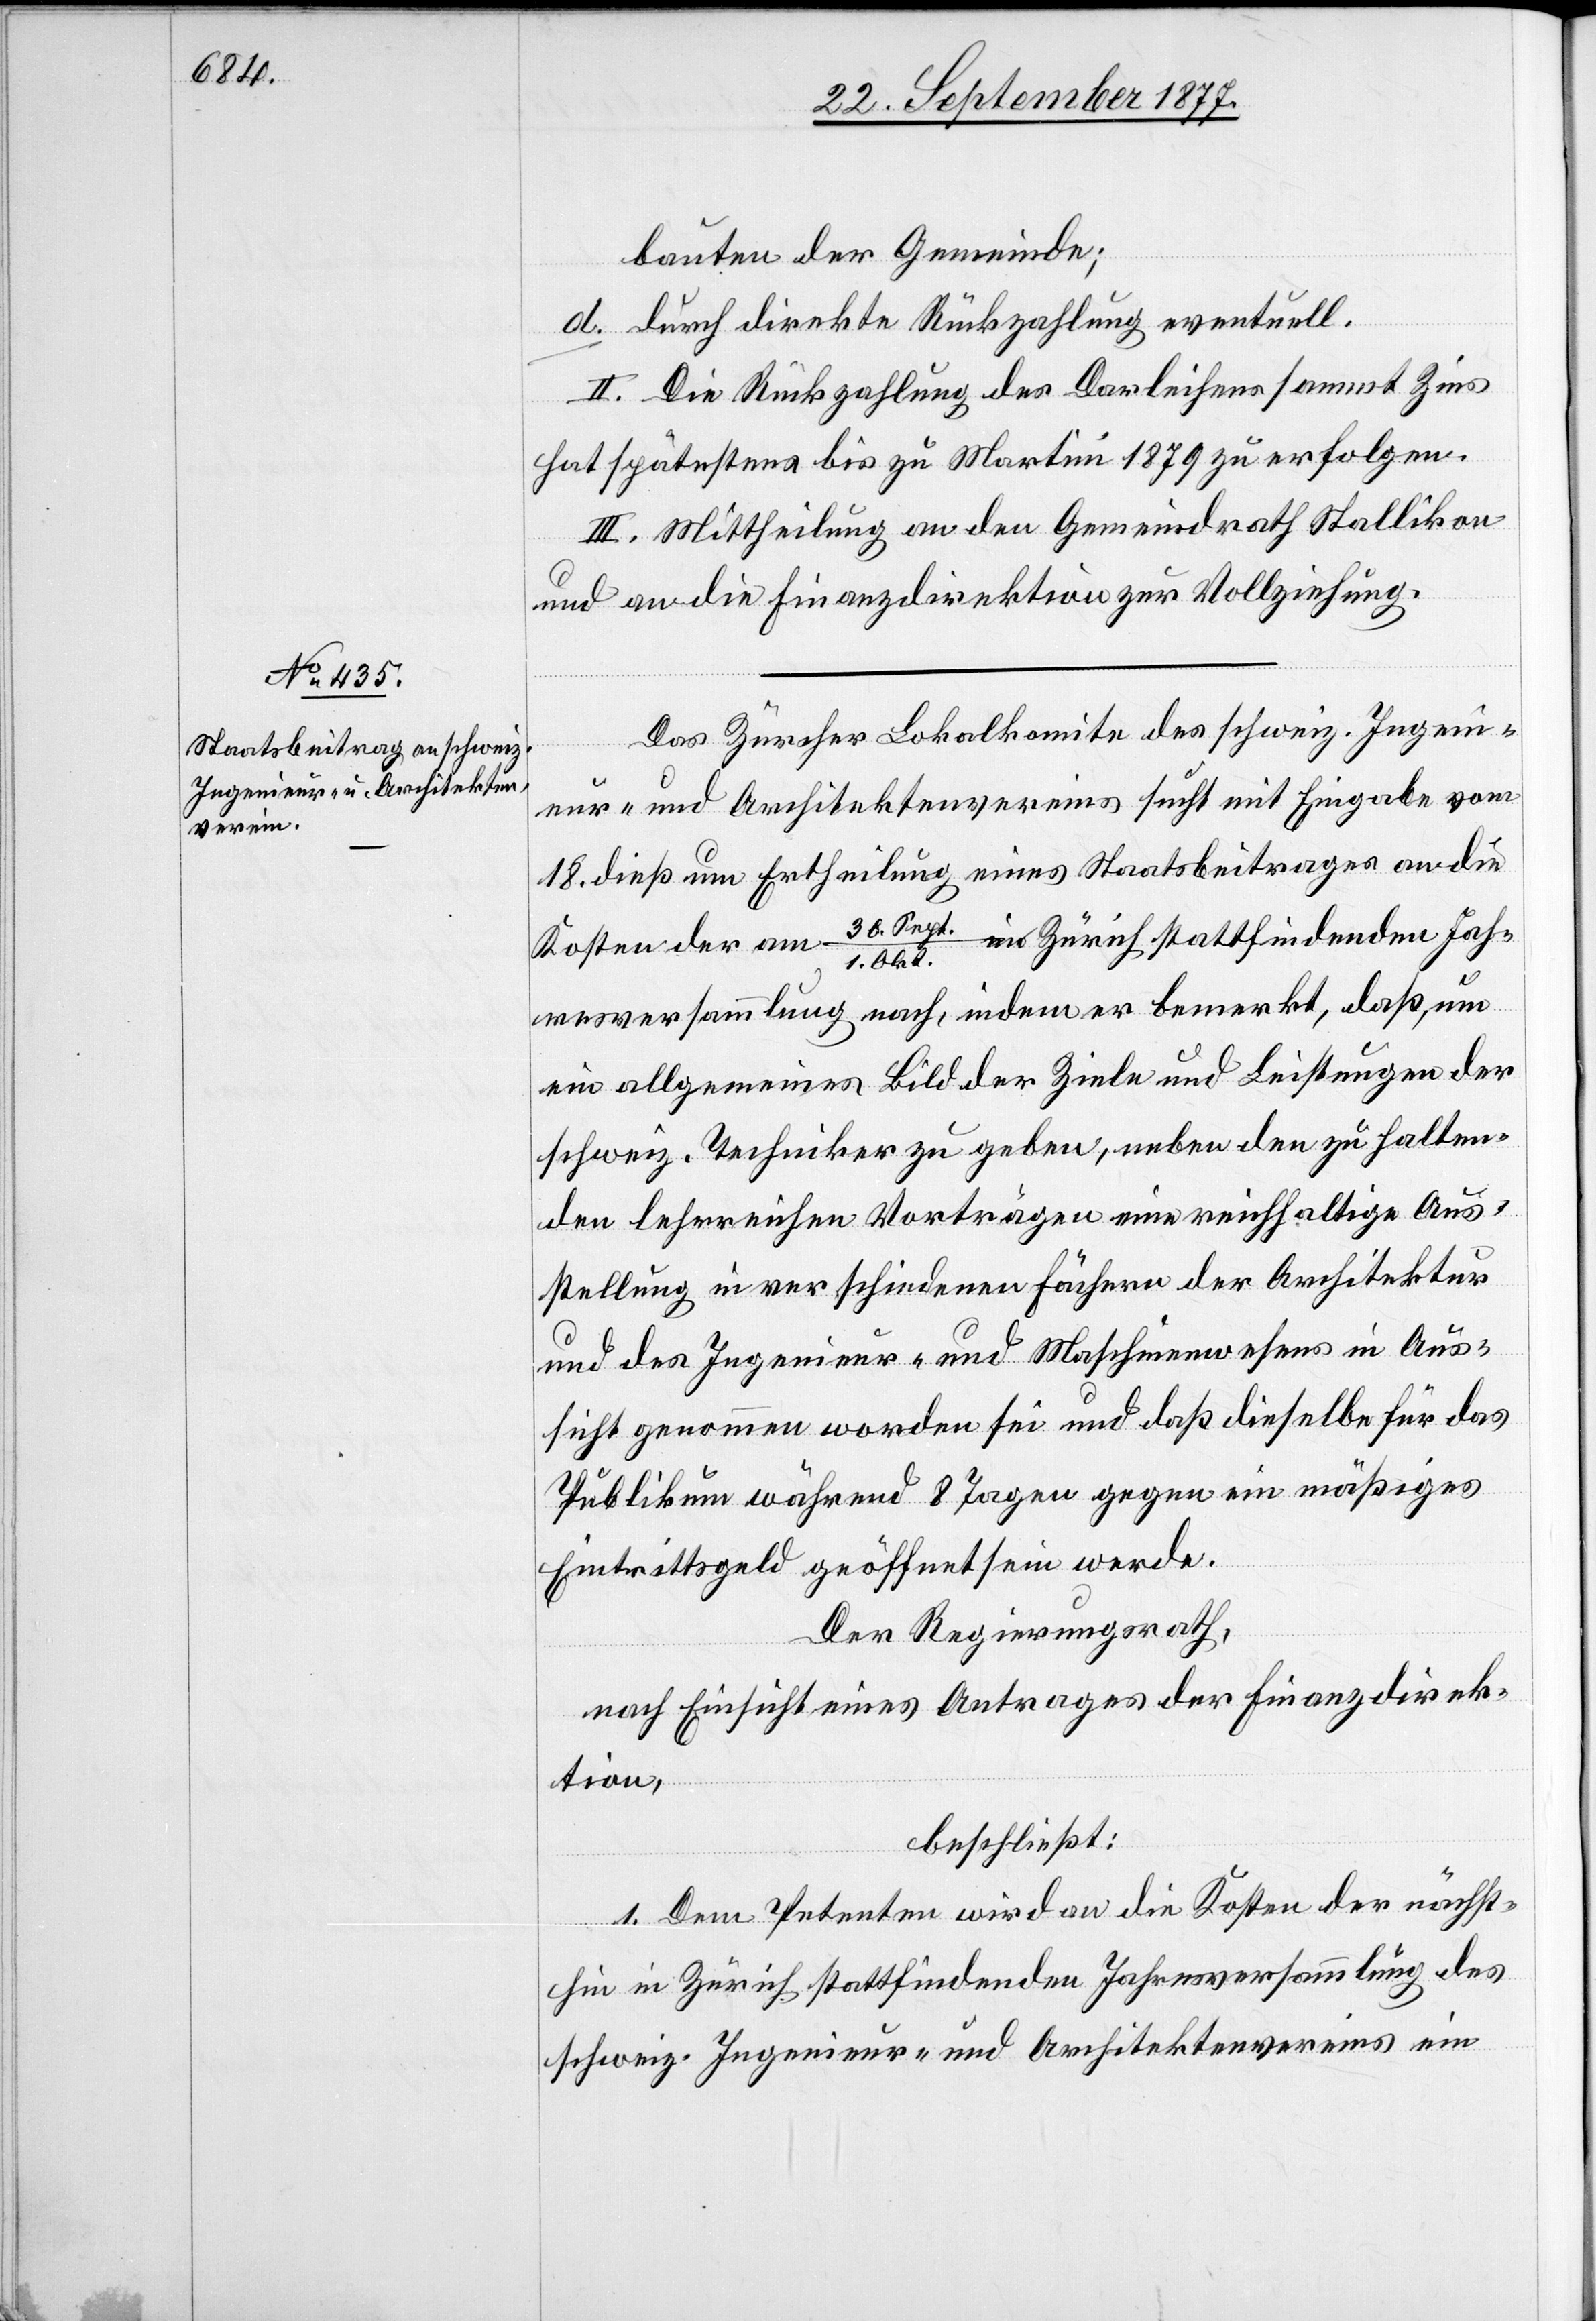
bauten der Gemeinde;
d.
durch direkte Rückzahlung eventuell.
II. Die Rückzahlung des Darleihens sammt Zins
hat spätestens bis zu Martini 1879 zu erfolgen.
III. Mittheilung an den Gemeindrath Stallikon
und an die Finanzdirektion zur Vollziehung.
Das Zürcher Lokalkomite des schweiz. Ingeni¬
eur- und Architektenvereins sucht mit Eingabe vom
18. dieß um Ertheilung eines Staatsbeitrages an die
in Zürich stattfindenden Jah¬
Kosten der am 30. Sept.
1. Okt.
resversammlung nach, indem er bemerkt, daß, um
ein allgemeines Bild der Ziele und Leistungen der
schweiz. Techniker zu geben, neben den zu halten¬
den lehrreichen Vorträgen eine reichhaltige Aus¬
stellung in verschiedenen Fächern der Architektur
und des Ingenieur- und Maschinenwesens in Aus¬
sicht genommen worden sei und daß dieselbe für das
Publikum während 8 Tagen gegen ein mäßiges
Eintrittsgeld geöffnet sein werde.
Der Regierungsrath,
nach Einsicht eines Antrages der Finanzdirek¬
tion,
beschließt:
1. Dem Petenten wird an die Kosten der nächst¬
hin in Zürich stattfindenden Jahresversammlung des
schweiz. Ingenieur- und Architektenvereins ein